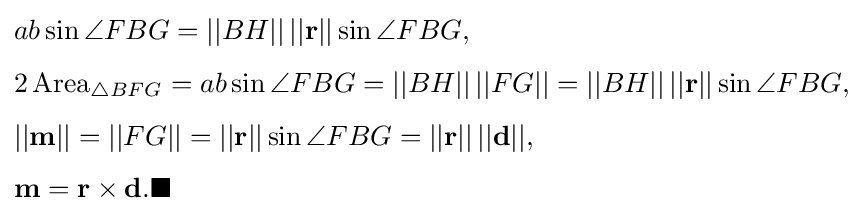
{\begin{aligned}&ab\sin \angle FBG=||BH||\,||\mathbf {r} ||\sin \angle FBG,\\[4pt]&2\,{\text{Area}}_{\triangle BFG}=ab\sin \angle FBG=||BH||\,||FG||=||BH||\,||\mathbf {r} ||\sin \angle FBG,\\[4pt]&||\mathbf {m} ||=||FG||=||\mathbf {r} ||\sin \angle FBG=||\mathbf {r} ||\,||\mathbf {d} ||,\\[4pt]&\mathbf {m} =\mathbf {r} \times \mathbf {d} .\blacksquare \end{aligned}}